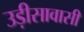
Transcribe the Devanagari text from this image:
उड़ीसावासी